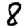
Digit: 8